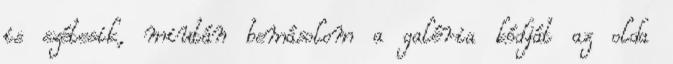
is szétesik, miután bemásolom a galéria kódját az olda